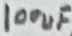
Text: 100uF